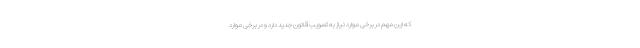
که این مهم در برخی موارد نیاز به تصویب قانون جدید دارد و در برخی موارد